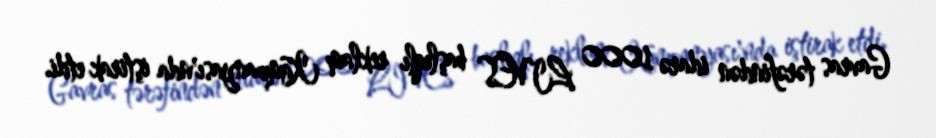
Gavras tərəfindən idarə 1000 LIVES başlıqlı reklam Kampanyası'nda iştirak etdi.